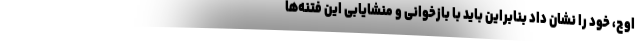
اوج، خود را نشان داد بنابراین باید با بازخوانی و منشایابی این فتنه‌ها